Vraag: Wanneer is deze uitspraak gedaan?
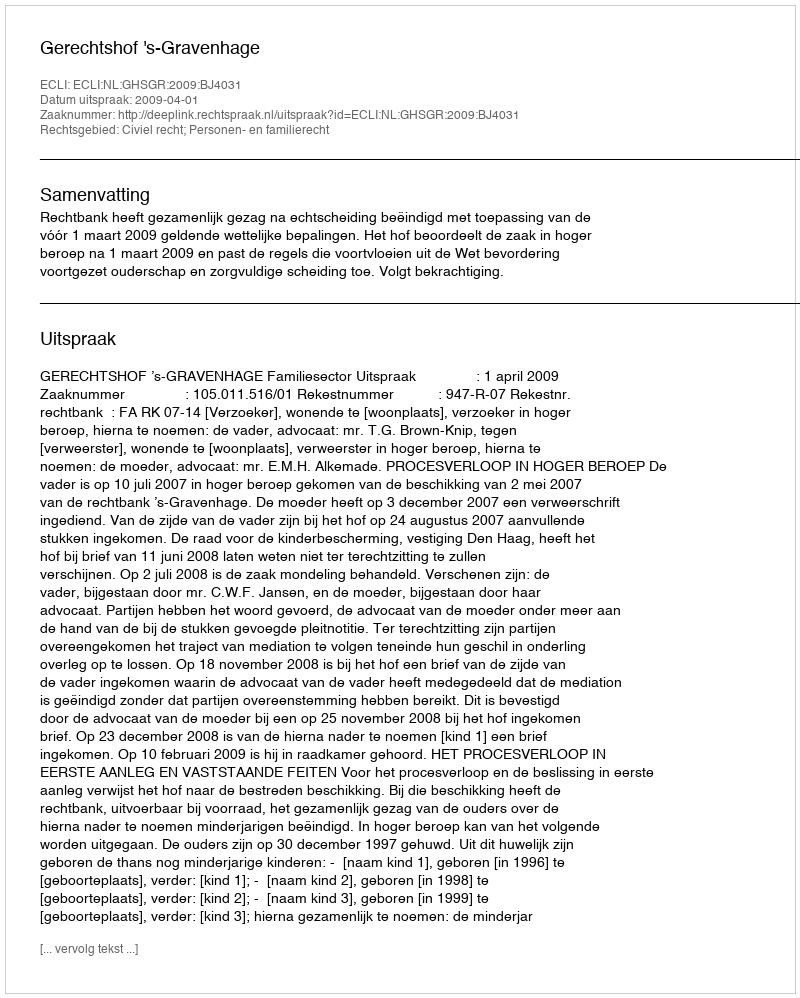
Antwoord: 2009-04-01